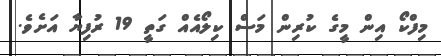
މިފްކޯ އިން މީގެ ކުރިން މަސް ކިލޯއެއް ގަތީ 19 ރުފިޔާ އަށެވެ.